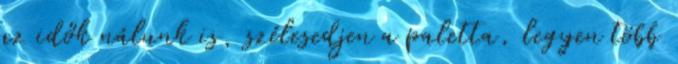
az idők nálunk is, szélesedjen a paletta, legyen több